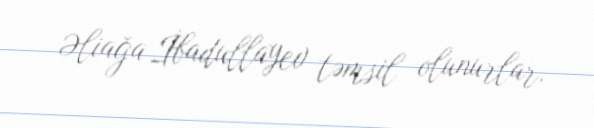
Əliağa İbadullayev təmsil olunurlar.